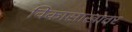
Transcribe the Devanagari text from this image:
विकासाखातर